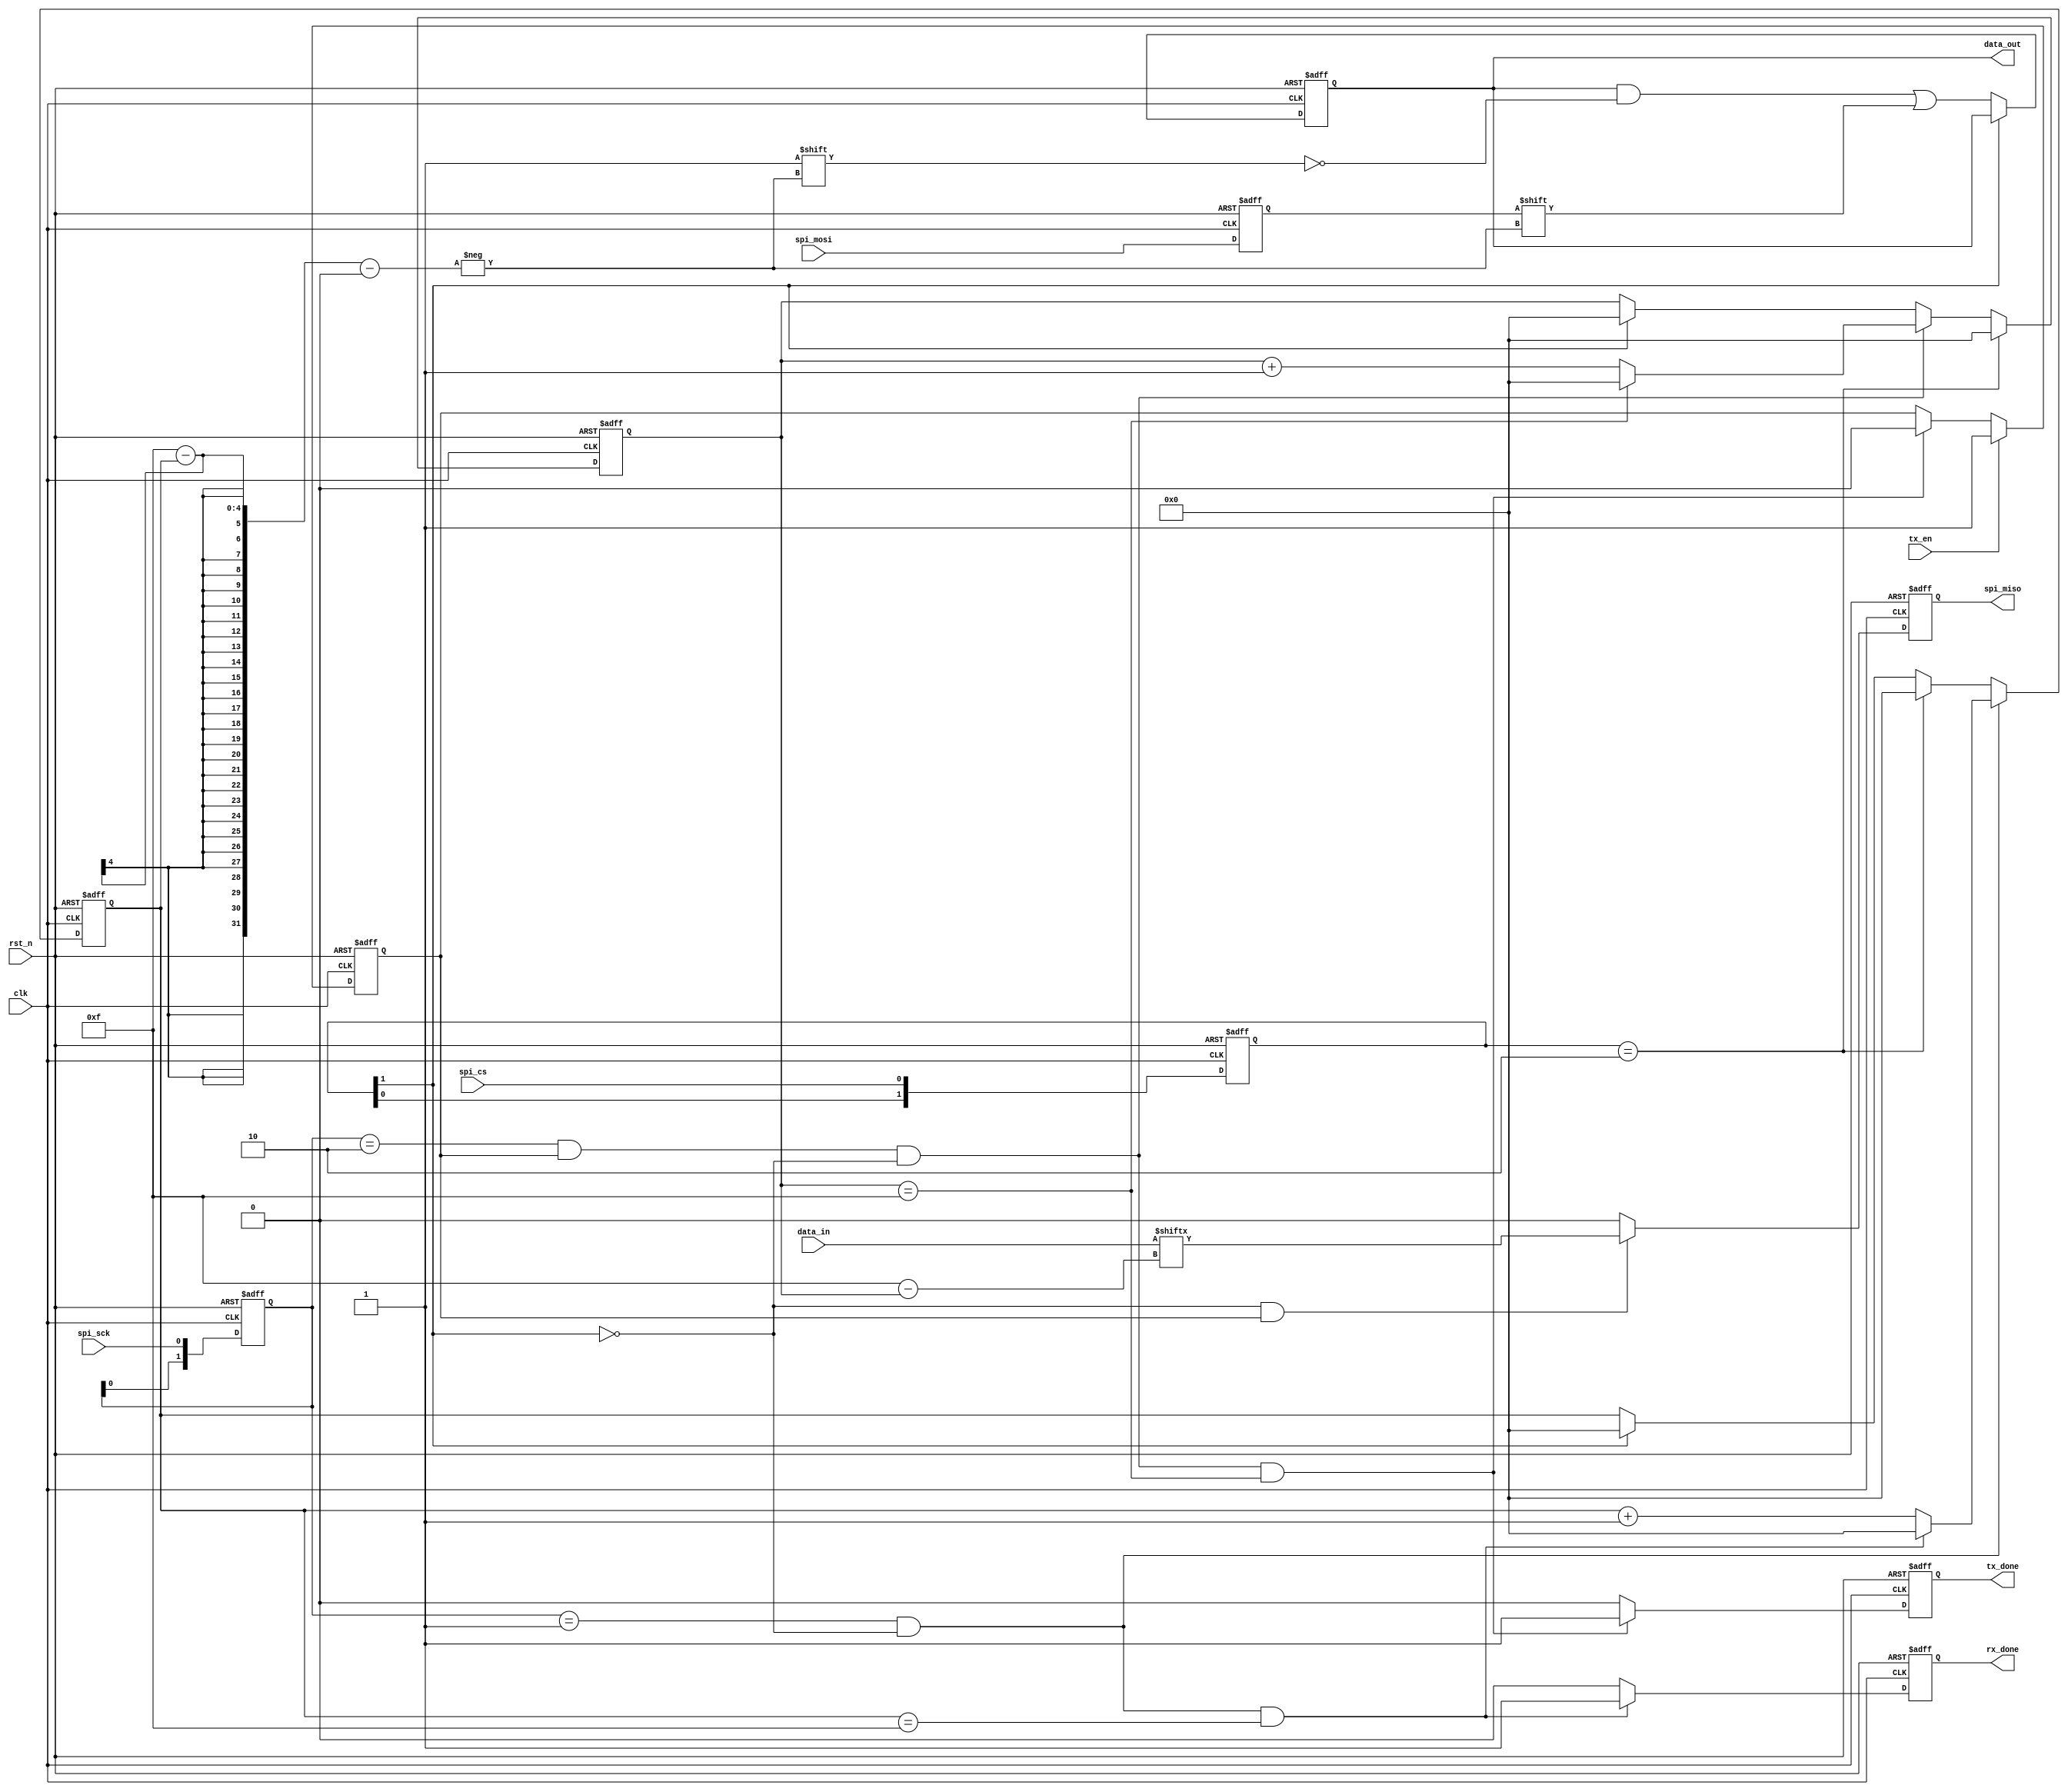
module spi_slave(
	clk      ,  
   rst_n    ,  //
   data_in  ,  //
   data_out ,  //
   spi_sck  ,  //
   spi_miso ,  //
   spi_mosi ,  //
   spi_cs   ,  //
   tx_en    ,  //
   tx_done  ,  //
   rx_done     //
);
parameter DATA_W  =  16;

parameter SYNC_W  =  2;

//
parameter CNT_W   =  4;
parameter CNT_N   =  DATA_W;

input                   clk;
input                   rst_n;
input    [DATA_W-1:0]   data_in;
input                   spi_sck;
input                   spi_mosi;
input                   spi_cs;
input                   tx_en;

output   [DATA_W-1:0]   data_out;
output                  spi_miso;
output                  tx_done;
output                  rx_done;

reg      [DATA_W-1:0]   data_out;
reg                     spi_miso;
reg                     tx_done;
reg                     rx_done;

//
reg      [SYNC_W-1:0]   sck_sync;
wire                    sck_nedge;
wire                    sck_pedge;
reg                     spi_mosi_reg;

reg      [SYNC_W-1:0]   cs_sync;
// wire                    cs_nedge;
// wire                    cs_pedge;

//
reg      [CNT_W-1:0]    cnt_rxbit;
wire                    add_cnt_rxbit;
wire                    end_cnt_rxbit;

reg      [CNT_W-1:0]    cnt_txbit;
wire                    add_cnt_txbit;
wire                    end_cnt_txbit;
reg                     tx_flag;

//CS
always @(posedge clk or negedge rst_n)begin
   if(!rst_n)
      cs_sync <= 2'b11;
   else
      cs_sync <= {cs_sync[0],spi_cs};
end
assign cs_nedge = cs_sync[1:0] == 2'b10;
// assign cs_pedge = cs_sync[1:0] == 2'b01;

//SCK
always @(posedge clk or negedge rst_n)begin
   if(!rst_n)
      //SCK3
      sck_sync <= 2'b11;
   else
      sck_sync <= {sck_sync[0],spi_sck};
end
assign sck_nedge = sck_sync[1:0] == 2'b10;
assign sck_pedge = sck_sync[1:0] == 2'b01;

//
always @(posedge clk or negedge rst_n)begin
   if(!rst_n)
      cnt_rxbit <= 0;
   else if(add_cnt_rxbit)begin
      if(end_cnt_rxbit)
         cnt_rxbit <= 0;
      else
         cnt_rxbit <= cnt_rxbit + 1'b1;
    end
	else if (cs_nedge)
		cnt_rxbit <= 0;
	else if (cs_sync[1] == 1)
		cnt_rxbit <= 0;
		

end
assign add_cnt_rxbit = sck_pedge && cs_sync[1] == 0;
assign end_cnt_rxbit = add_cnt_rxbit && cnt_rxbit == CNT_N - 1;

//
always @(posedge clk or negedge rst_n)begin
   if(!rst_n)
      cnt_txbit <= 0;
	else if (cs_nedge)
		cnt_txbit <= 0;
	else if (add_cnt_txbit) begin
      if(cnt_txbit == CNT_N - 1)
         cnt_txbit <= 0;
		else
         cnt_txbit <= cnt_txbit + 1'b1;
	end
	else if (cs_sync[1] == 1)
		cnt_txbit <= 0;

end

assign add_cnt_txbit = sck_nedge && tx_flag && cs_sync[1] == 0;
assign end_cnt_txbit = add_cnt_txbit && cnt_txbit == CNT_N - 1;

//,
always @(posedge clk or negedge rst_n)begin
   if(!rst_n)
      spi_mosi_reg <= 0;
   else
      spi_mosi_reg <= spi_mosi;
end

//
always @(posedge clk or negedge rst_n)begin
   if(!rst_n)  
      data_out <= 0;
   else if(cs_sync[1] == 0)
      data_out[CNT_N - 1 - cnt_rxbit ] <= spi_mosi_reg;
end

//
always @(posedge clk or negedge rst_n)begin
   if(!rst_n)
      spi_miso <= 0;
   else if(cs_sync[1] == 0 && tx_flag)
      spi_miso <= data_in[CNT_N - 1 - cnt_txbit];
   else
      spi_miso <= 0;
end

always @(posedge clk or negedge rst_n)begin
   if(!rst_n)
      rx_done <= 0;
   else if(end_cnt_rxbit)
      rx_done <= 1;
   else
      rx_done <= 0;
end

always @(posedge clk or negedge rst_n)begin
   if(!rst_n)
      tx_done <= 0;
   else if(end_cnt_txbit)
      tx_done <= 1;
   else
      tx_done <= 0;
end


always @(posedge clk or negedge rst_n)begin
   if(!rst_n)
      tx_flag <= 0;
   else if(tx_en)
      tx_flag <= 1;
   else if(end_cnt_txbit)
      tx_flag <= 0;
end

endmodule